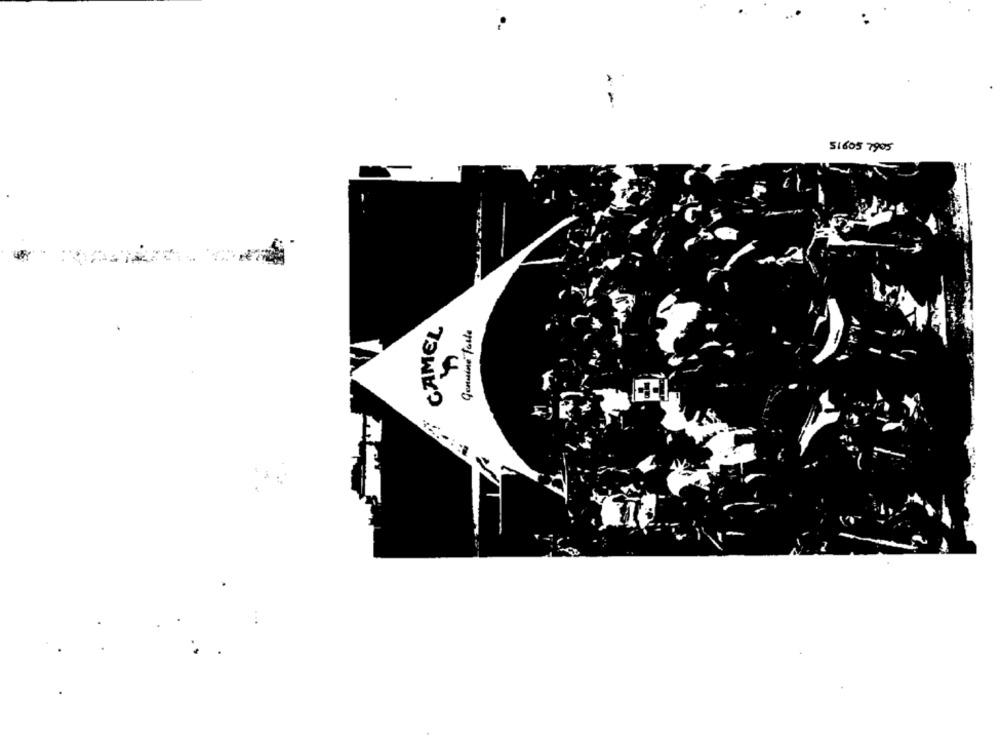
51605 7905
CAMEL
Genuine Faule
4